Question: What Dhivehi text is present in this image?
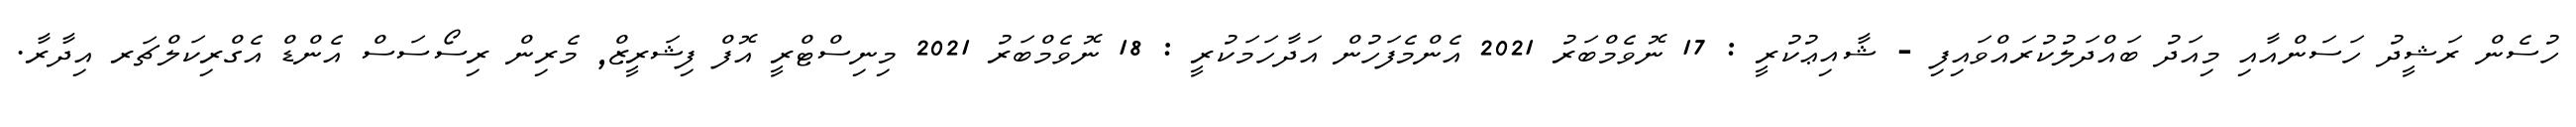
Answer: ހުސެން ރަޝީދު ހަސަންއާއި މިއަދު ބައްދަލުކުރައްވައިފި - ޝާއިޢުކުރީ : 17 ނޮވެމްބަރު 2021 އެންމެފަހުން އަދާހަމަކުރީ : 18 ނޮވެމްބަރު 2021 މިނިސްޓްރީ އޮފް ފިޝަރީޒް, މެރިން ރިސޯސަސް އެންޑް އެގްރިކަލްޗަރ އިދާރާ.